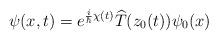
LaTeX: \begin{align*}\psi(x,t)=e^{\frac{i}{\hbar}\chi(t)}\widehat{T}(z_{0}(t))\psi_{0}(x)\end{align*}